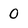
Character: 0